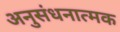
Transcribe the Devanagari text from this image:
अनुसंधनात्मक